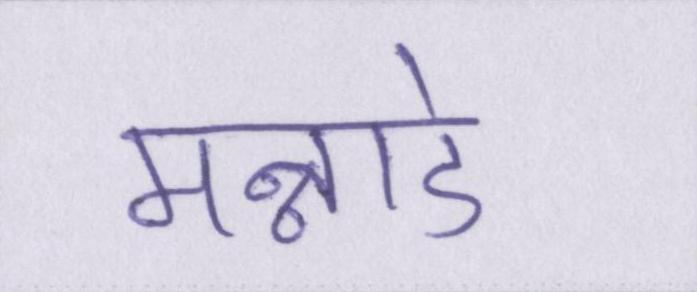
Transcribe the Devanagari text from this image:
मन्नाडे